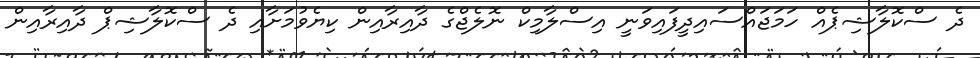
ދެ ސްކޮލާޝިޕެއް ހަމަޖައްސައިދީފައިވަނީ އިސްލާމިކް ނޮލެޖްގެ ދާއިރާއިން ކިޔެވުމަށާއި ދެ ސްކޮލާޝިޕް ދާއިރާއިން